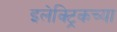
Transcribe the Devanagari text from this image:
इलेक्ट्रिकच्या